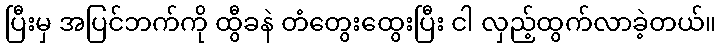
ပြီးမှ အပြင်ဘက်ကို ထွီခနဲ တံတွေးထွေးပြီး ငါ လှည့်ထွက်လာခဲ့တယ်။